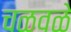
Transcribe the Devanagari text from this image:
चळवळे